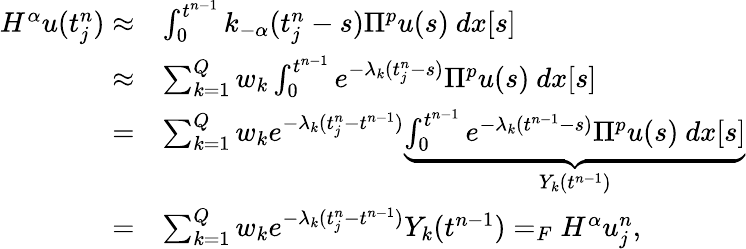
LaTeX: \begin{array}{rl}{H^{\alpha}u(t_{j}^{n})\approx}&{\int_{0}^{t^{n-1}}k_{-\alpha}(t_{j}^{n}-s)\Pi^{p}u(s)\ dx[s]}\\ {\approx}&{\sum_{k=1}^{Q}w_{k}\int_{0}^{t^{n-1}}e^{-\lambda_{k}(t_{j}^{n}-s)}\Pi^{p}u(s)\ dx[s]}\\ {=}&{\sum_{k=1}^{Q}w_{k}e^{-\lambda_{k}(t_{j}^{n}-t^{n-1})}\underbrace{\int_{0}^{t^{n-1}}e^{-\lambda_{k}(t^{n-1}-s)}\Pi^{p}u(s)\ dx[s]}_{Y_{k}(t^{n-1})}}\\ {=}&{\sum_{k=1}^{Q}w_{k}e^{-\lambda_{k}(t_{j}^{n}-t^{n-1})}Y_{k}(t^{n-1})=_{F}H^{\alpha}u_{j}^{n},}\end{array}